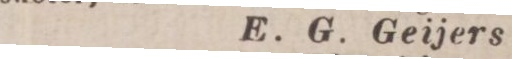
E. G. Geijers